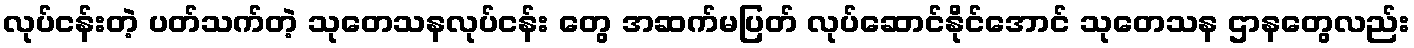
လုပ်ငန်းတဲ့ ပတ်သက်တဲ့ သုတေသနလုပ်ငန်း တွေ အဆက်မပြတ် လုပ်ဆောင်နိုင်အောင် သုတေသန ဌာနတွေလည်း